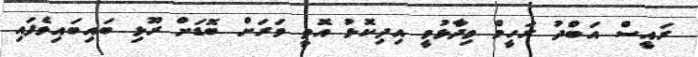
ރައީސް އަބްދު ރަހީމް ވިދާޅުވީ އިދިކޮޅު އޮތީ ވަރަށް ބޮޑަށް ރޫޅި ބައިބައިވެފައި